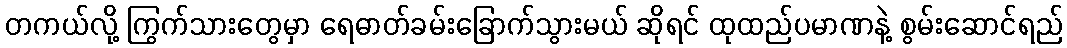
တကယ်လို့ ကြွက်သားတွေမှာ ရေဓာတ်ခမ်းခြောက်သွားမယ် ဆိုရင် ထုထည်ပမာဏနဲ့ စွမ်းဆောင်ရည်